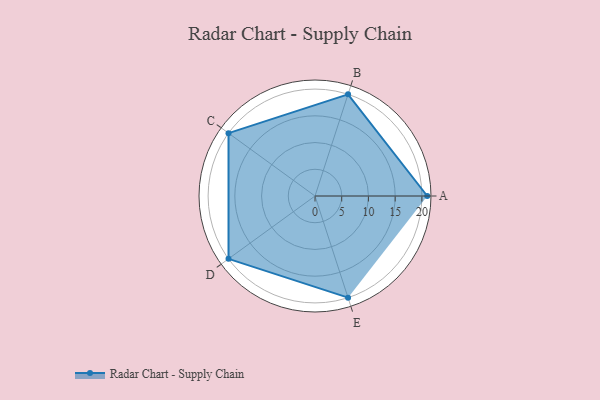
{"axis": {"x": "Skill", "y": "Score"}, "legend": ["Profile"], "data": [{"x": "A", "y": 21.0, "type": "Profile"}, {"x": "B", "y": 20, "type": "Profile"}, {"x": "C", "y": 20, "type": "Profile"}, {"x": "D", "y": 20, "type": "Profile"}, {"x": "E", "y": 20, "type": "Profile"}]}